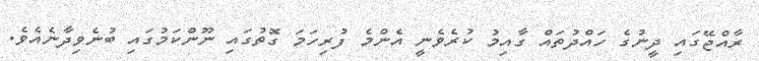
ރާއްޖޭގައި ދީނުގެ ހައްދުތައް ގާއިމު ކުރެވެނީ އެންމެ ފުރިހަމަ ގޮތުގައި ނޫންކަމުގައި ބުނެވިދާނެއެވެ.